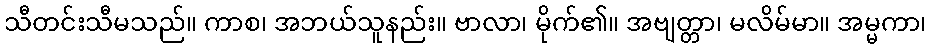
သီတင်းသီမသည်။ ကာစ၊ အဘယ်သူနည်း။ ဗာလာ၊ မိုက်၏။ အဗျတ္တာ၊ မလိမ်မာ။ အမ္မကာ၊